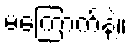
မကြောက်နဲ့။